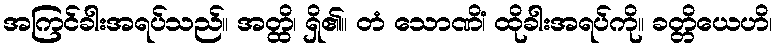
အကြင်ခါးအရပ်သည်။ အတ္ထိ၊ ရှိ၏။ တံ သောဏိံ၊ ထိုခါးအရပ်ကို။ ခတ္တိယေဟိ၊